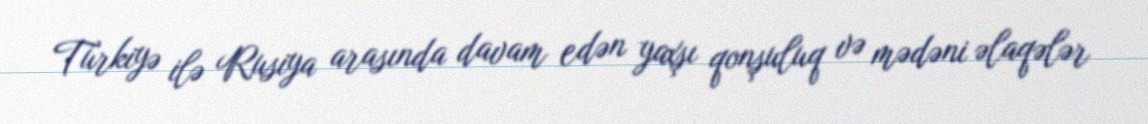
Türkiyə ilə Rusiya arasında davam edən yaxşı qonşuluq və mədəni əlaqələr